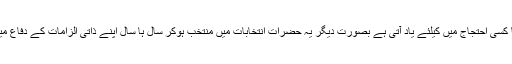
تمام سیاستدانوں کو 20 کروڑ عوام جلسے اور جلوسوں یا کسی احتجاج میں کیلئے یاد آتی ہے بصورتِ دیگر یہ حضرات انتخابات میں منتخب ہوکر سال ہا سال اپنے ذاتی الزامات کے دفاع میں یا پھر دوسرے پر الزامات لگانے میں لگے رہتے ہیں۔